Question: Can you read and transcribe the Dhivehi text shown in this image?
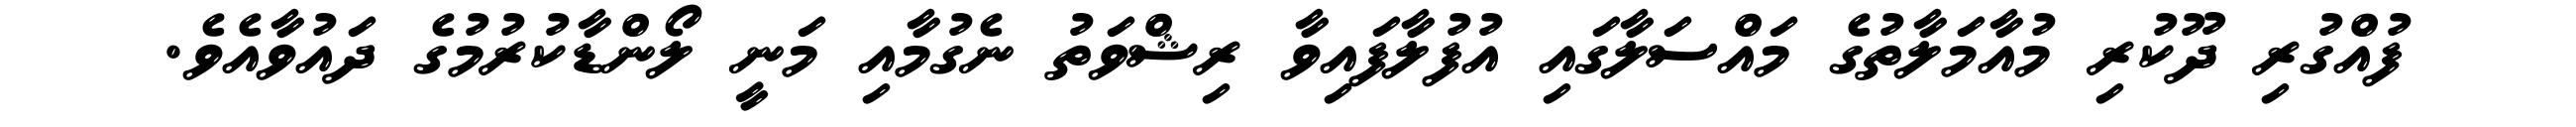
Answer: ފުއްގުރި ދޫކުރި މުއާމަލާތުގެ މައްސަލާގައި އުފުލާފައިވާ ރިޝްވަތު ނެގުމާއި މަނީ ލޯންޑާކުރުމުގެ ދައުވާއެވެ.